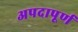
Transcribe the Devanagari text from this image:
अपदापूर्ण